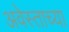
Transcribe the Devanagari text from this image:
अवेस्ताच्या